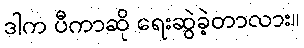
ဒါက ပီကာဆို ရေးဆွဲခဲ့တာလား။